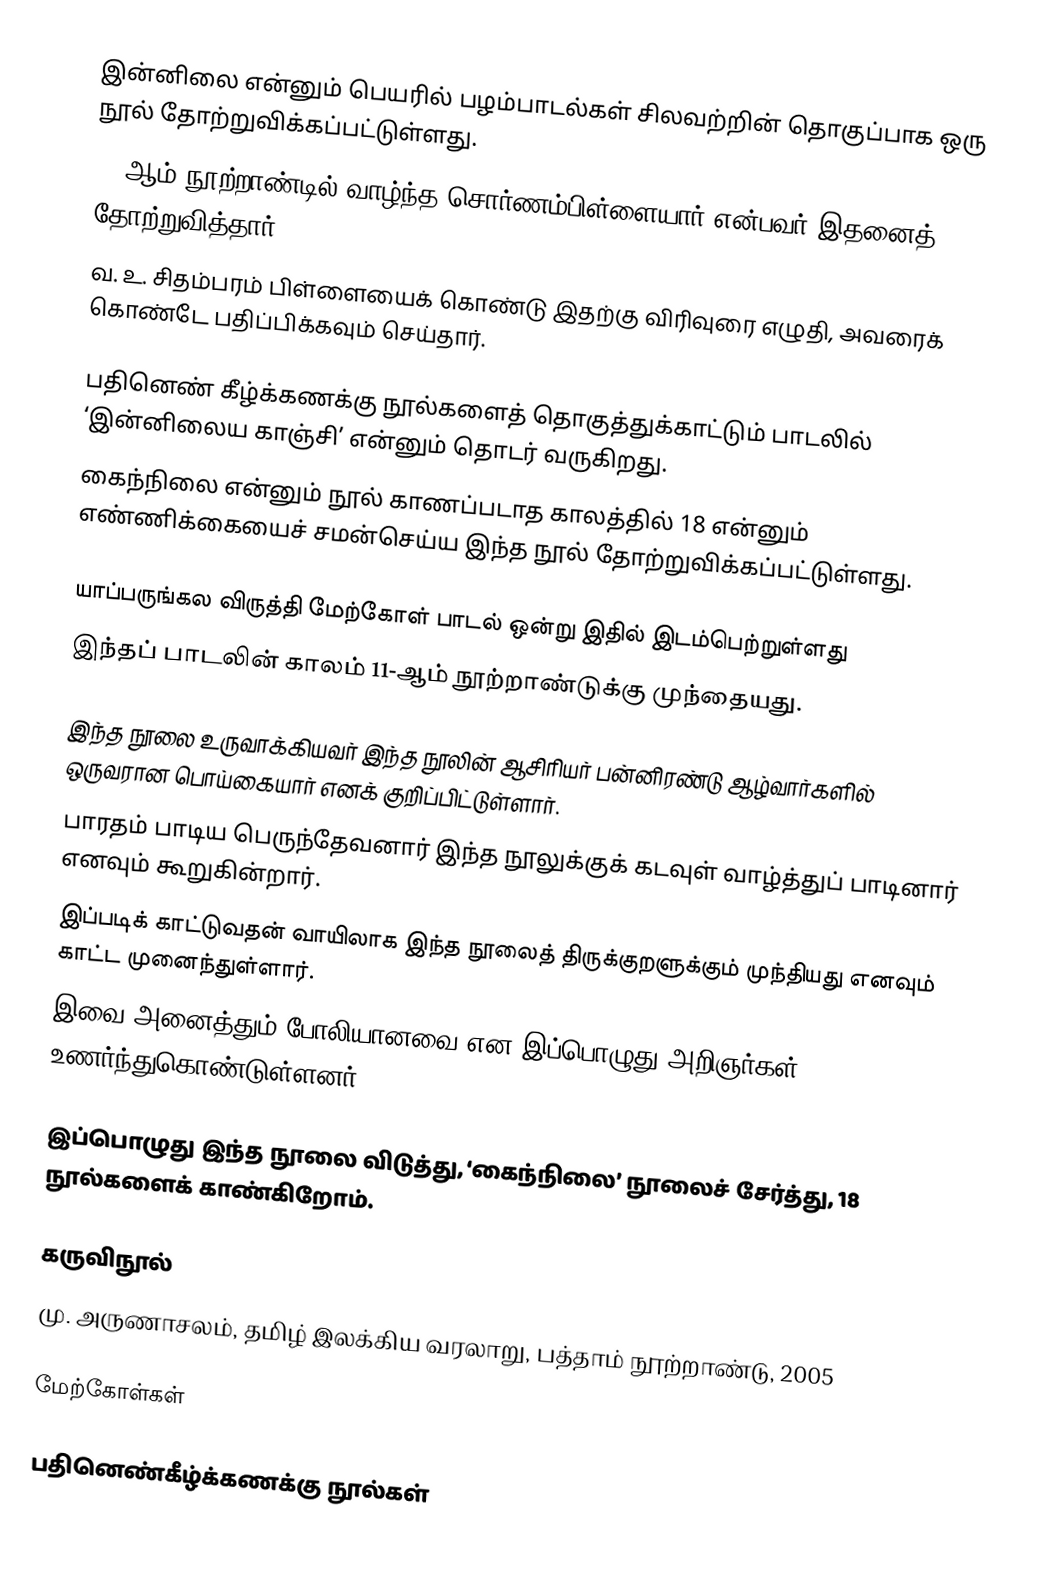
இன்னிலை என்னும் பெயரில் பழம்பாடல்கள் சிலவற்றின் தொகுப்பாக ஒரு நூல் தோற்றுவிக்கப்பட்டுள்ளது.
20-ஆம் நூற்றாண்டில் வாழ்ந்த சொர்ணம்பிள்ளையார் என்பவர் இதனைத் தோற்றுவித்தார்.
வ. உ. சிதம்பரம் பிள்ளையைக் கொண்டு இதற்கு விரிவுரை எழுதி, அவரைக் கொண்டே பதிப்பிக்கவும் செய்தார்.

பதினெண் கீழ்க்கணக்கு நூல்களைத் தொகுத்துக்காட்டும் பாடலில் ‘இன்னிலைய காஞ்சி’ என்னும் தொடர் வருகிறது.
கைந்நிலை என்னும் நூல் காணப்படாத காலத்தில் 18 என்னும் எண்ணிக்கையைச் சமன்செய்ய இந்த நூல் தோற்றுவிக்கப்பட்டுள்ளது.

யாப்பருங்கல விருத்தி மேற்கோள் பாடல் ஒன்று இதில் இடம்பெற்றுள்ளது
இந்தப் பாடலின் காலம் 11-ஆம் நூற்றாண்டுக்கு முந்தையது.

இந்த நூலை உருவாக்கியவர் இந்த நூலின் ஆசிரியர் பன்னிரண்டு ஆழ்வார்களில் ஒருவரான பொய்கையார் எனக் குறிப்பிட்டுள்ளார்.
பாரதம் பாடிய பெருந்தேவனார் இந்த நூலுக்குக் கடவுள் வாழ்த்துப் பாடினார் எனவும் கூறுகின்றார்.
இப்படிக் காட்டுவதன் வாயிலாக இந்த நூலைத் திருக்குறளுக்கும் முந்தியது எனவும் காட்ட முனைந்துள்ளார்.
இவை அனைத்தும் போலியானவை என இப்பொழுது அறிஞர்கள் உணர்ந்துகொண்டுள்ளனர்.

இப்பொழுது இந்த நூலை விடுத்து, ‘கைந்நிலை’ நூலைச் சேர்த்து, 18 நூல்களைக் காண்கிறோம்.

கருவிநூல்
மு. அருணாசலம், தமிழ் இலக்கிய வரலாறு, பத்தாம் நூற்றாண்டு, 2005

மேற்கோள்கள்

பதினெண்கீழ்க்கணக்கு நூல்கள்